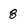
Character: 8